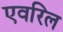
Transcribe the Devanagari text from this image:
एवरिल